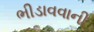
ભીડાવવાની